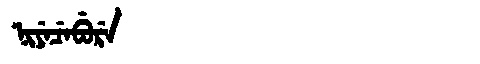
Manchu: ᠨᡳᠶᡝᠴᡝᠪᡠᡵᡝ
Romanization: NIYECEBURE